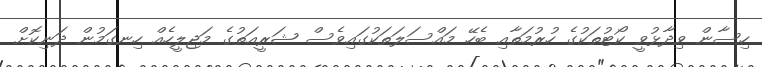
ހިސާން ވިދާޅުވީ ކޯޓުތަކުގެ ހުރުމަތާއި ބެހޭ މައްސަލަތަކުގައިވެސް ޝަރީއަތުގެ މަޖިލީހެއް ހިނގަމުން ދަނިކޮށް